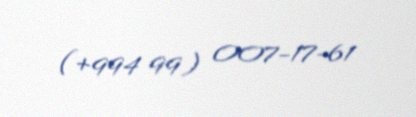
(+994 99) 007-17-61